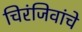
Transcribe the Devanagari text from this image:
चिरंजिवांचे